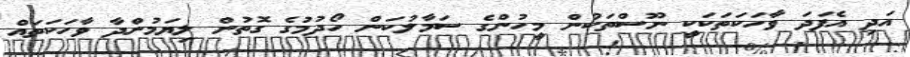
އަދި އެފަދަ ވާހަކަތަކަކީ ނޫސްތަކުން މީހުންގެ ސަމާލުކަން ހޯދުމުގެ ގޮތުން ލިޔަމުންދާ ވާހަކަތައް